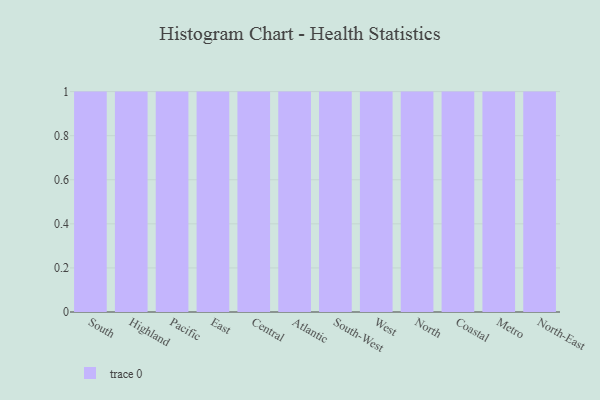
{"axis": {"x": "Region", "y": "Market Share (%)"}, "legend": [""], "data": [{"x": "South", "y": 31, "type": ""}, {"x": "Highland", "y": 2, "type": ""}, {"x": "Pacific", "y": 82, "type": ""}, {"x": "East", "y": 29, "type": ""}, {"x": "Central", "y": 30, "type": ""}, {"x": "Atlantic", "y": 40, "type": ""}, {"x": "South-West", "y": 51, "type": ""}, {"x": "West", "y": 17, "type": ""}, {"x": "North", "y": 26, "type": ""}, {"x": "Coastal", "y": 92, "type": ""}, {"x": "Metro", "y": 84, "type": ""}, {"x": "North-East", "y": 51, "type": ""}]}